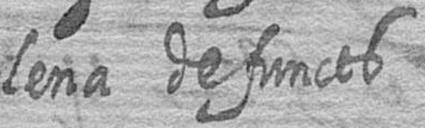
lena defuncts